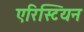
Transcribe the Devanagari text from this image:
एरिस्टियन